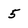
Character: 5